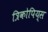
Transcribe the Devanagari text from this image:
त्रिकोपिय्स